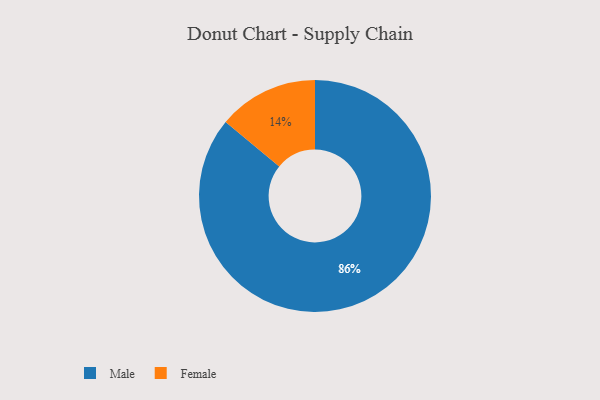
{"axis": {"x": "Category", "y": "Percentage"}, "legend": ["Female", "Male"], "data": [{"x": "Female", "y": 14, "type": "Female"}, {"x": "Male", "y": 86, "type": "Male"}]}